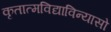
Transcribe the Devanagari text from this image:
कृतात्मविद्याविन्यासो